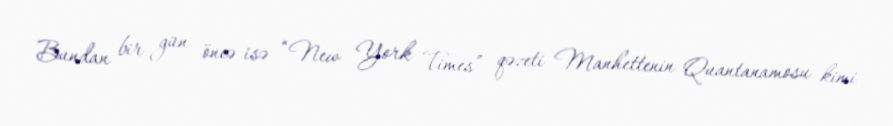
Bundan bir gün öncə isə “New York Times” qəzeti Manhettenin Quantanamosu kimi